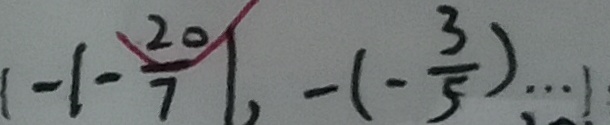
1 - \vert - \frac { 2 0 } { 7 } \vert , - ( - \frac { 3 } { 5 } ) \cdots 1